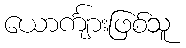
ယောင်္ကျားဖြစ်သူ